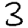
Digit: 3